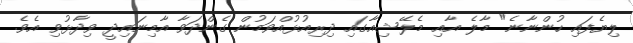
ލިޔެފައި ހުންނާނެ" މާލެ އާއި މެލޭޝިއާގައި ދިރިއުޅުއްވަމުން ގެންދަވާ އާމިނައިދީ ވިދާޅުވި އެވެ.